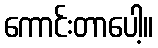
ကောင်းတာပေါ့။